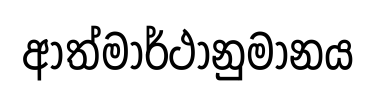
ආත්මාර්ථානුමානය